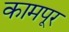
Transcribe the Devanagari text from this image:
कामपूर